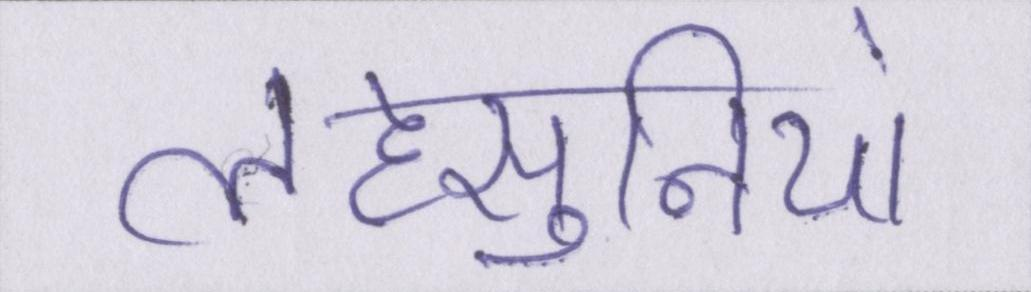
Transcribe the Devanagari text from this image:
लहसुनियां